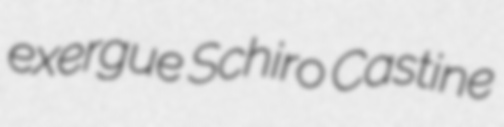
exergue Schiro Castine